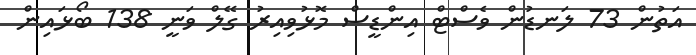
އަތުން 73 ލަނޑުން ވެސްޓް އިންޑީސް މޮޅުވިއިރު ގޭލް ވަނީ 138 ބޯޅައިން